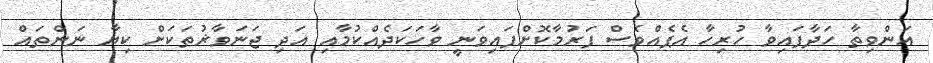
އަންވިތާ ހަދާފައިވާ ހުރިހާ އެޕެއްވެސް ފަރުމާކޮށްފައިވަނީ ވާހަކަދެއްކުމާއި އަދި ޖަނަވާޜުތަކަށް ކިޔާ ނަންތައް